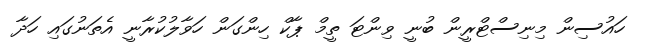
ހައުސިން މިނިސްޓްރީން ބުނީ ވިންޓަ ތީމް ޕާކް ހިންގަން ހަވާލުކުރާނީ އެތަނުގައި ހަދާ